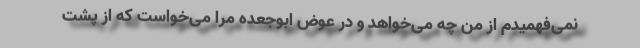
نمی‌فهمیدم از من چه می‌خواهد و در عوض ابوجعده مرا می‌خواست که از پشت